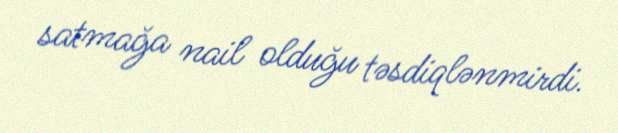
satmağa nail olduğu təsdiqlənmirdi.